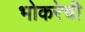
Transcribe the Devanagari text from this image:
भोकरेची